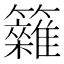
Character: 𥷩